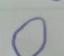
Signature authenticity: forged